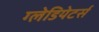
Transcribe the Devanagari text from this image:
ग्लेडियेटर्स